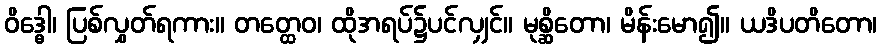
ဝိဒ္ဓေါ၊ ပြစ်လွှတ်ရကား။ တတ္ထေဝ၊ ထိုအရပ်၌ပင်လျှင်။ မုစ္ဆိတော၊ မိန်းမော၍။ ယဒိပတိတော၊